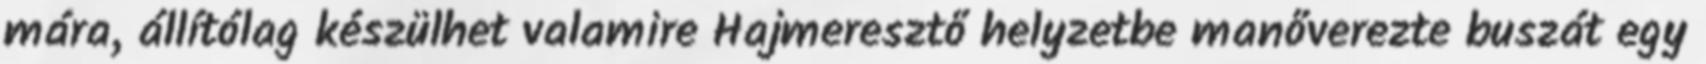
mára, állítólag készülhet valamire Hajmeresztő helyzetbe manőverezte buszát egy